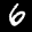
Label: 6